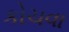
કોચવા